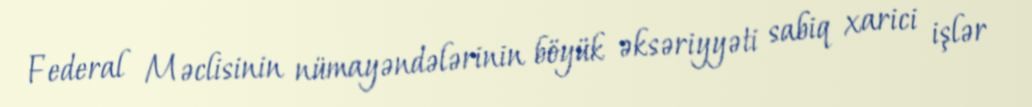
Federal Məclisinin nümayəndələrinin böyük əksəriyyəti sabiq xarici işlər